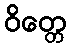
ဝိတ္တေ